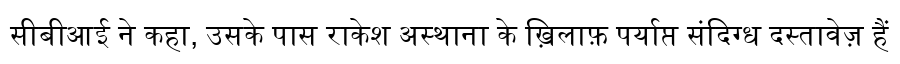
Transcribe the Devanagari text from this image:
सीबीआई ने कहा, उसके पास राकेश अस्थाना के ख़िलाफ़ पर्याप्त संदिग्ध दस्तावेज़ हैं